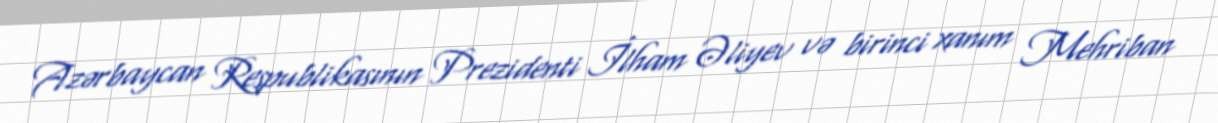
Azərbaycan Respublikasının Prezidenti İlham Əliyev və birinci xanım Mehriban